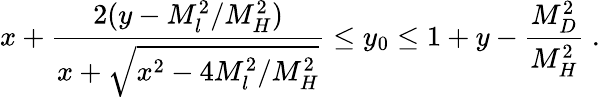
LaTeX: x+\frac{2(y-M_{l}^{2}/M_{H}^{2})}{x+\sqrt{x^{2}-4M_{l}^{2}/M_{H}^{2}}}\le y_{0}\le 1+y-\frac{M_{D}^{2}}{M_{H}^{2}}\; .